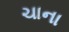
ચાના